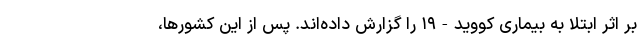
بر اثر ابتلا به بیماری کووید-۱۹ را گزارش داده‌اند. پس از این کشورها،